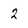
Character: 2